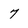
Character: 7